Report of the Municipal Commissioner on the plague in Bombay for the year ending 31st May... - Volume 1
Disease focus: Plague
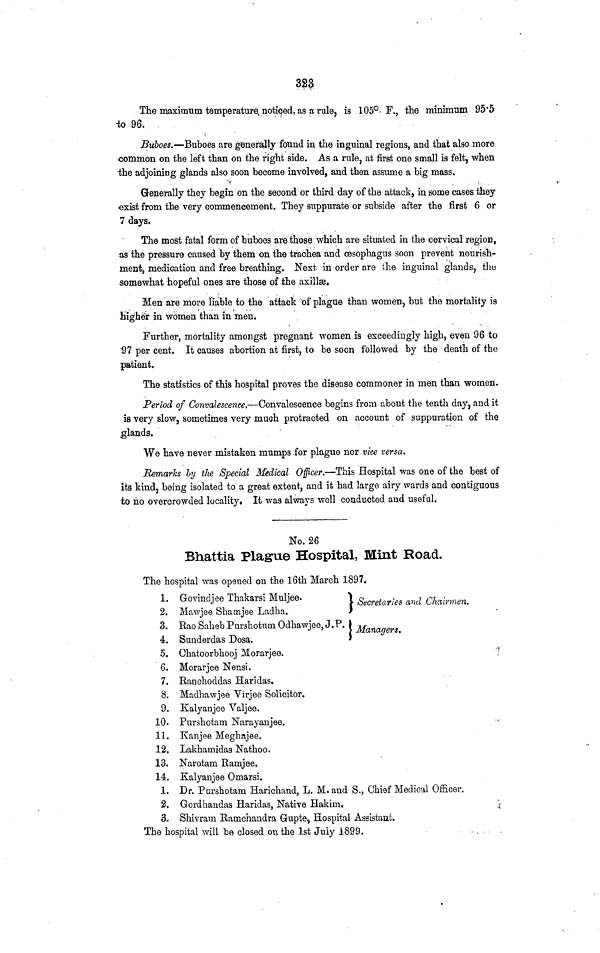
323
The maximum temperature noticed, as a rule, is 105° F., the minimum 955
-to 96.
Buboes.—Buboes are generally found in the inguinal regions, and that also more
common on the left than on the right side. As a rule, at first one small is felt, when
the adjoining glands also soon become involved, and then assume a big mass.
Generally they begin on the second or third day of the attack, in some cases they
oxist from the very commencement. They suppurate or subside after the first 6 or
7 days.
The most fatal form of buboes are those which are situated in the cervical region,
as the pressure caused by them on the trachea and oesophagus soon prevent nourish-
ment, medication and free breathing. Next in order are ihe inguinal glands, the
.somewhat hopeful ones are those of .the axillse.
Men are more liable to the attack of plague than women, but the mortality is
higher in women than in men.
Further, mortality amongst pregnant women is exceedingly high, even 96 to
'97 per cent. It causes abortion at first, to be soon followed by the death of the
patient.
The statistics of this hospital proves the disease commoner in men than women,
Period of Convalescence.—Convalescence begins from about the tenth day, and it
is very slow, sometimes very much protracted on account of suppuration of the
.glands.
We have never mistaken mumps -for plague nor vice versa.
Remarks ly the Special Medical Officer.—This Hospital was one of the best of
its kind, being isolated to a great extent, and it had large airy wards and contiguous
to no overcrowded locality. It was always well conducted and useful.
No. 26
Bhattia Plague Hospital, Mint Road.
The hospital was opened on the 16th March 1897.
1. Govindjee Thnkarsi Mnljee.
j Secretaries and Chairmen.
2. Mawjee Shamjee Ladha.
J
3. Rao Saheh Purshotum Odhawjee, J. P. I Managers.
4. Sunderdas Dosa.
'
5. Chatoorbhooj Morarjee.
6. Morarjee Nensi.
7. Banchoddas Haridas.
8. Madhawjee Virjee Solicitor.
9. Kalyanjee Valjee.
10. Purshotam Narayanjee.
11. Kanjee Meghajee.
12. Lakhamidas Nathoo,
13. Narotam Ramjee.
14. Kalyanjee Omarsi.
1. Dr. Purshotam Harichand, L. M. and S., Chief Medical Officer.
2. Gordhandas Haridas, Native Hakim.
3. Shivram Ramchandra Gupte, Hospital Assistant.
The hospital will be closed on the 1st July 1899.